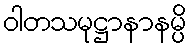
ဝါတသမုဋ္ဌာနာနမ္ပိ